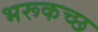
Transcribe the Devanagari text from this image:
भरूकच्छ